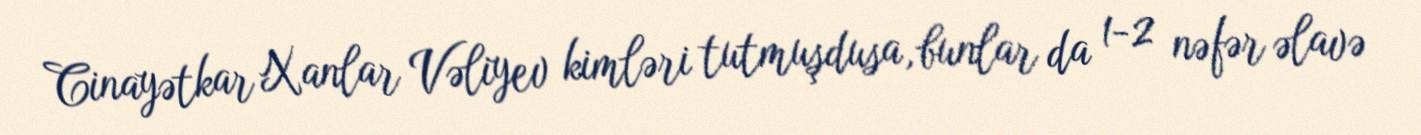
Cinayətkar Xanlar Vəliyev kimləri tutmuşdusa, bunlar da 1-2 nəfər əlavə